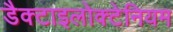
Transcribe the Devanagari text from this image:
डैक्टाइलोक्टेनियम